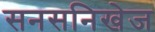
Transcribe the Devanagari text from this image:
सनसनिखेज